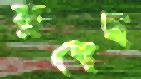
রুধেছ